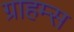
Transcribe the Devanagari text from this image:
ग्राहम्स